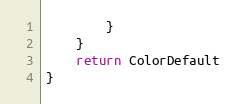
Language: Go
		}
	}
	return ColorDefault
}